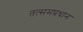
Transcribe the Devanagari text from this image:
तत्समप्रधान